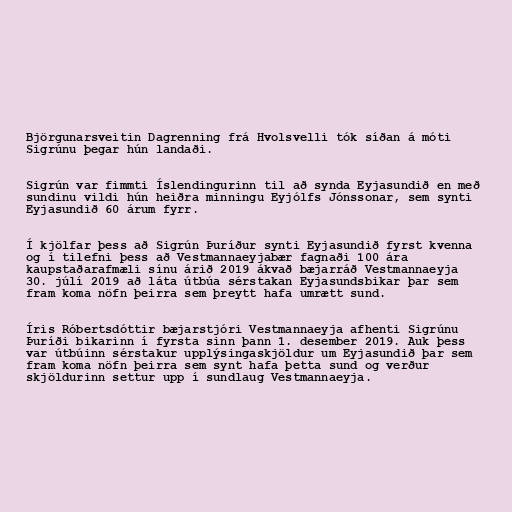
Björgunarsveitin Dagrenning frá Hvolsvelli tók síðan á móti
Sigrúnu þegar hún landaði.

Sigrún var fimmti Íslendingurinn til að synda Eyjasundið en með
sundinu vildi hún heiðra minningu Eyjólfs Jónssonar, sem synti
Eyjasundið 60 árum fyrr.

Í kjölfar þess að Sigrún Þuríður synti Eyjasundið fyrst kvenna
og í tilefni þess að Vestmannaeyjabær fagnaði 100 ára
kaupstaðarafmæli sínu árið 2019 ákvað bæjarráð Vestmannaeyja
30. júlí 2019 að láta útbúa sérstakan Eyjasundsbikar þar sem
fram koma nöfn þeirra sem þreytt hafa umrætt sund.

Íris Róbertsdóttir bæjarstjóri Vestmannaeyja afhenti Sigrúnu
Þuríði bikarinn í fyrsta sinn þann 1. desember 2019. Auk þess
var útbúinn sérstakur upplýsingaskjöldur um Eyjasundið þar sem
fram koma nöfn þeirra sem synt hafa þetta sund og verður
skjöldurinn settur upp í sundlaug Vestmannaeyja.